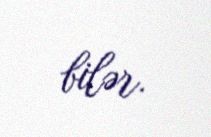
bilər.